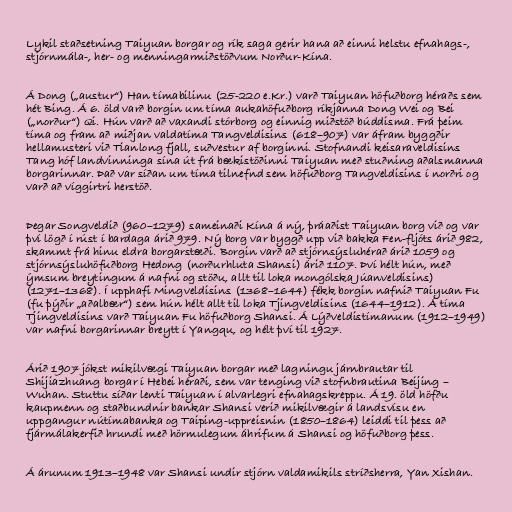
Lykil staðsetning Taiyuan borgar og rík saga gerir hana að einni helstu efnahags-,
stjórnmála-, her- og menningarmiðstöðvum Norður-Kína.

Á Dong („austur“) Han tímabilinu (25-220 e.Kr.) varð Taiyuan höfuðborg héraðs sem
hét Bing. Á 6. öld varð borgin um tíma aukahöfuðborg ríkjanna Dong Wei og Bei
(„norður“) Qi. Hún varð að vaxandi stórborg og einnig miðstöð búddisma. Frá þeim
tíma og fram að miðjan valdatíma Tangveldisins (618–907) var áfram byggðir
hellamusteri við Tianlong fjall, suðvestur af borginni. Stofnandi keisaraveldisins
Tang hóf landvinninga sína út frá bækistöðinni Taiyuan með stuðning aðalsmanna
borgarinnar. Það var síðan um tíma tilnefnd sem höfuðborg Tangveldisins í norðri og
varð að víggirtri herstöð.

Þegar Songveldið (960–1279) sameinaði Kína á ný, þráaðist Taiyuan borg við og var
því lögð í rúst í bardaga árið 979. Ný borg var byggð upp við bakka Fen-fljóts árið 982,
skammt frá hinu eldra borgarstæði. Borgin varð að stjórnsýsluhérað árið 1059 og
stjórnsýsluhöfuðborg Hedong (norðurhluta Shansi) árið 1107. Því hélt hún, með
ýmsum breytingum á nafni og stöðu, allt til loka mongólska Júanveldisins)
(1271–1368). Í upphafi Mingveldisins (1368–1644) fékk borgin nafnið Taiyuan Fu
(fu þýðir „aðalbær“) sem hún hélt allt til loka Tjingveldisins (1644–1912). Á tíma
Tjingveldisins varð Taiyuan Fu höfuðborg Shansi. Á Lýðveldistímanum (1912–1949)
var nafni borgarinnar breytt í Yangqu, og hélt því til 1927.

Árið 1907 jókst mikilvægi Taiyuan borgar með lagningu járnbrautar til
Shijiazhuang borgar í Hebei héraði, sem var tenging við stofnbrautina Beijing –
Wuhan. Stuttu síðar lenti Taiyuan í alvarlegri efnahagskreppu. Á 19. öld höfðu
kaupmenn og staðbundnir bankar Shansi verið mikilvægir á landsvísu en
uppgangur nútímabanka og Taiping-uppreisnin (1850–1864) leiddi til þess að
fjármálakerfið hrundi með hörmulegum áhrifum á Shansi og höfuðborg þess.

Á árunum 1913–1948 var Shansi undir stjórn valdamikils stríðsherra, Yan Xishan.